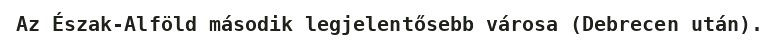
Az Észak-Alföld második legjelentősebb városa (Debrecen után).